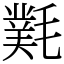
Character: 㲫